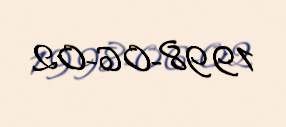
1998-06-02